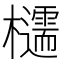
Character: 𪴠